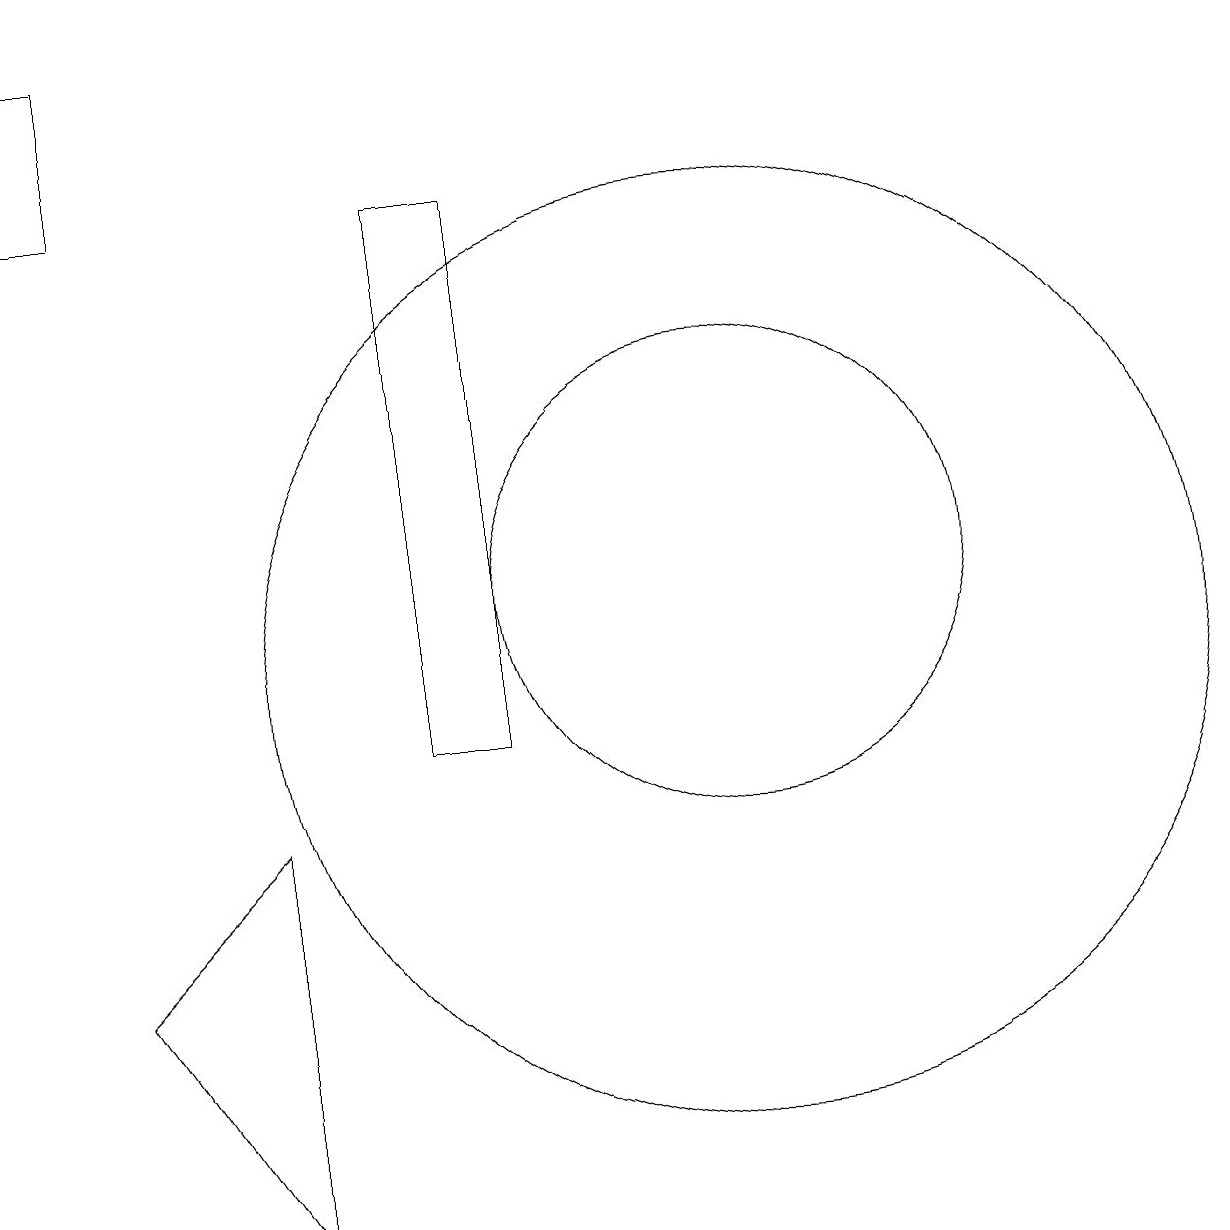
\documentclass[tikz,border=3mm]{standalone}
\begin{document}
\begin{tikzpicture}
\draw (10,11) circle (6);
\draw (10,12) circle (3);
\draw (7,10) rectangle (6,17);
\draw (2,7) -- (4,4) -- (4,9) -- cycle;
\draw (2,19) rectangle (1,17);
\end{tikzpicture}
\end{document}